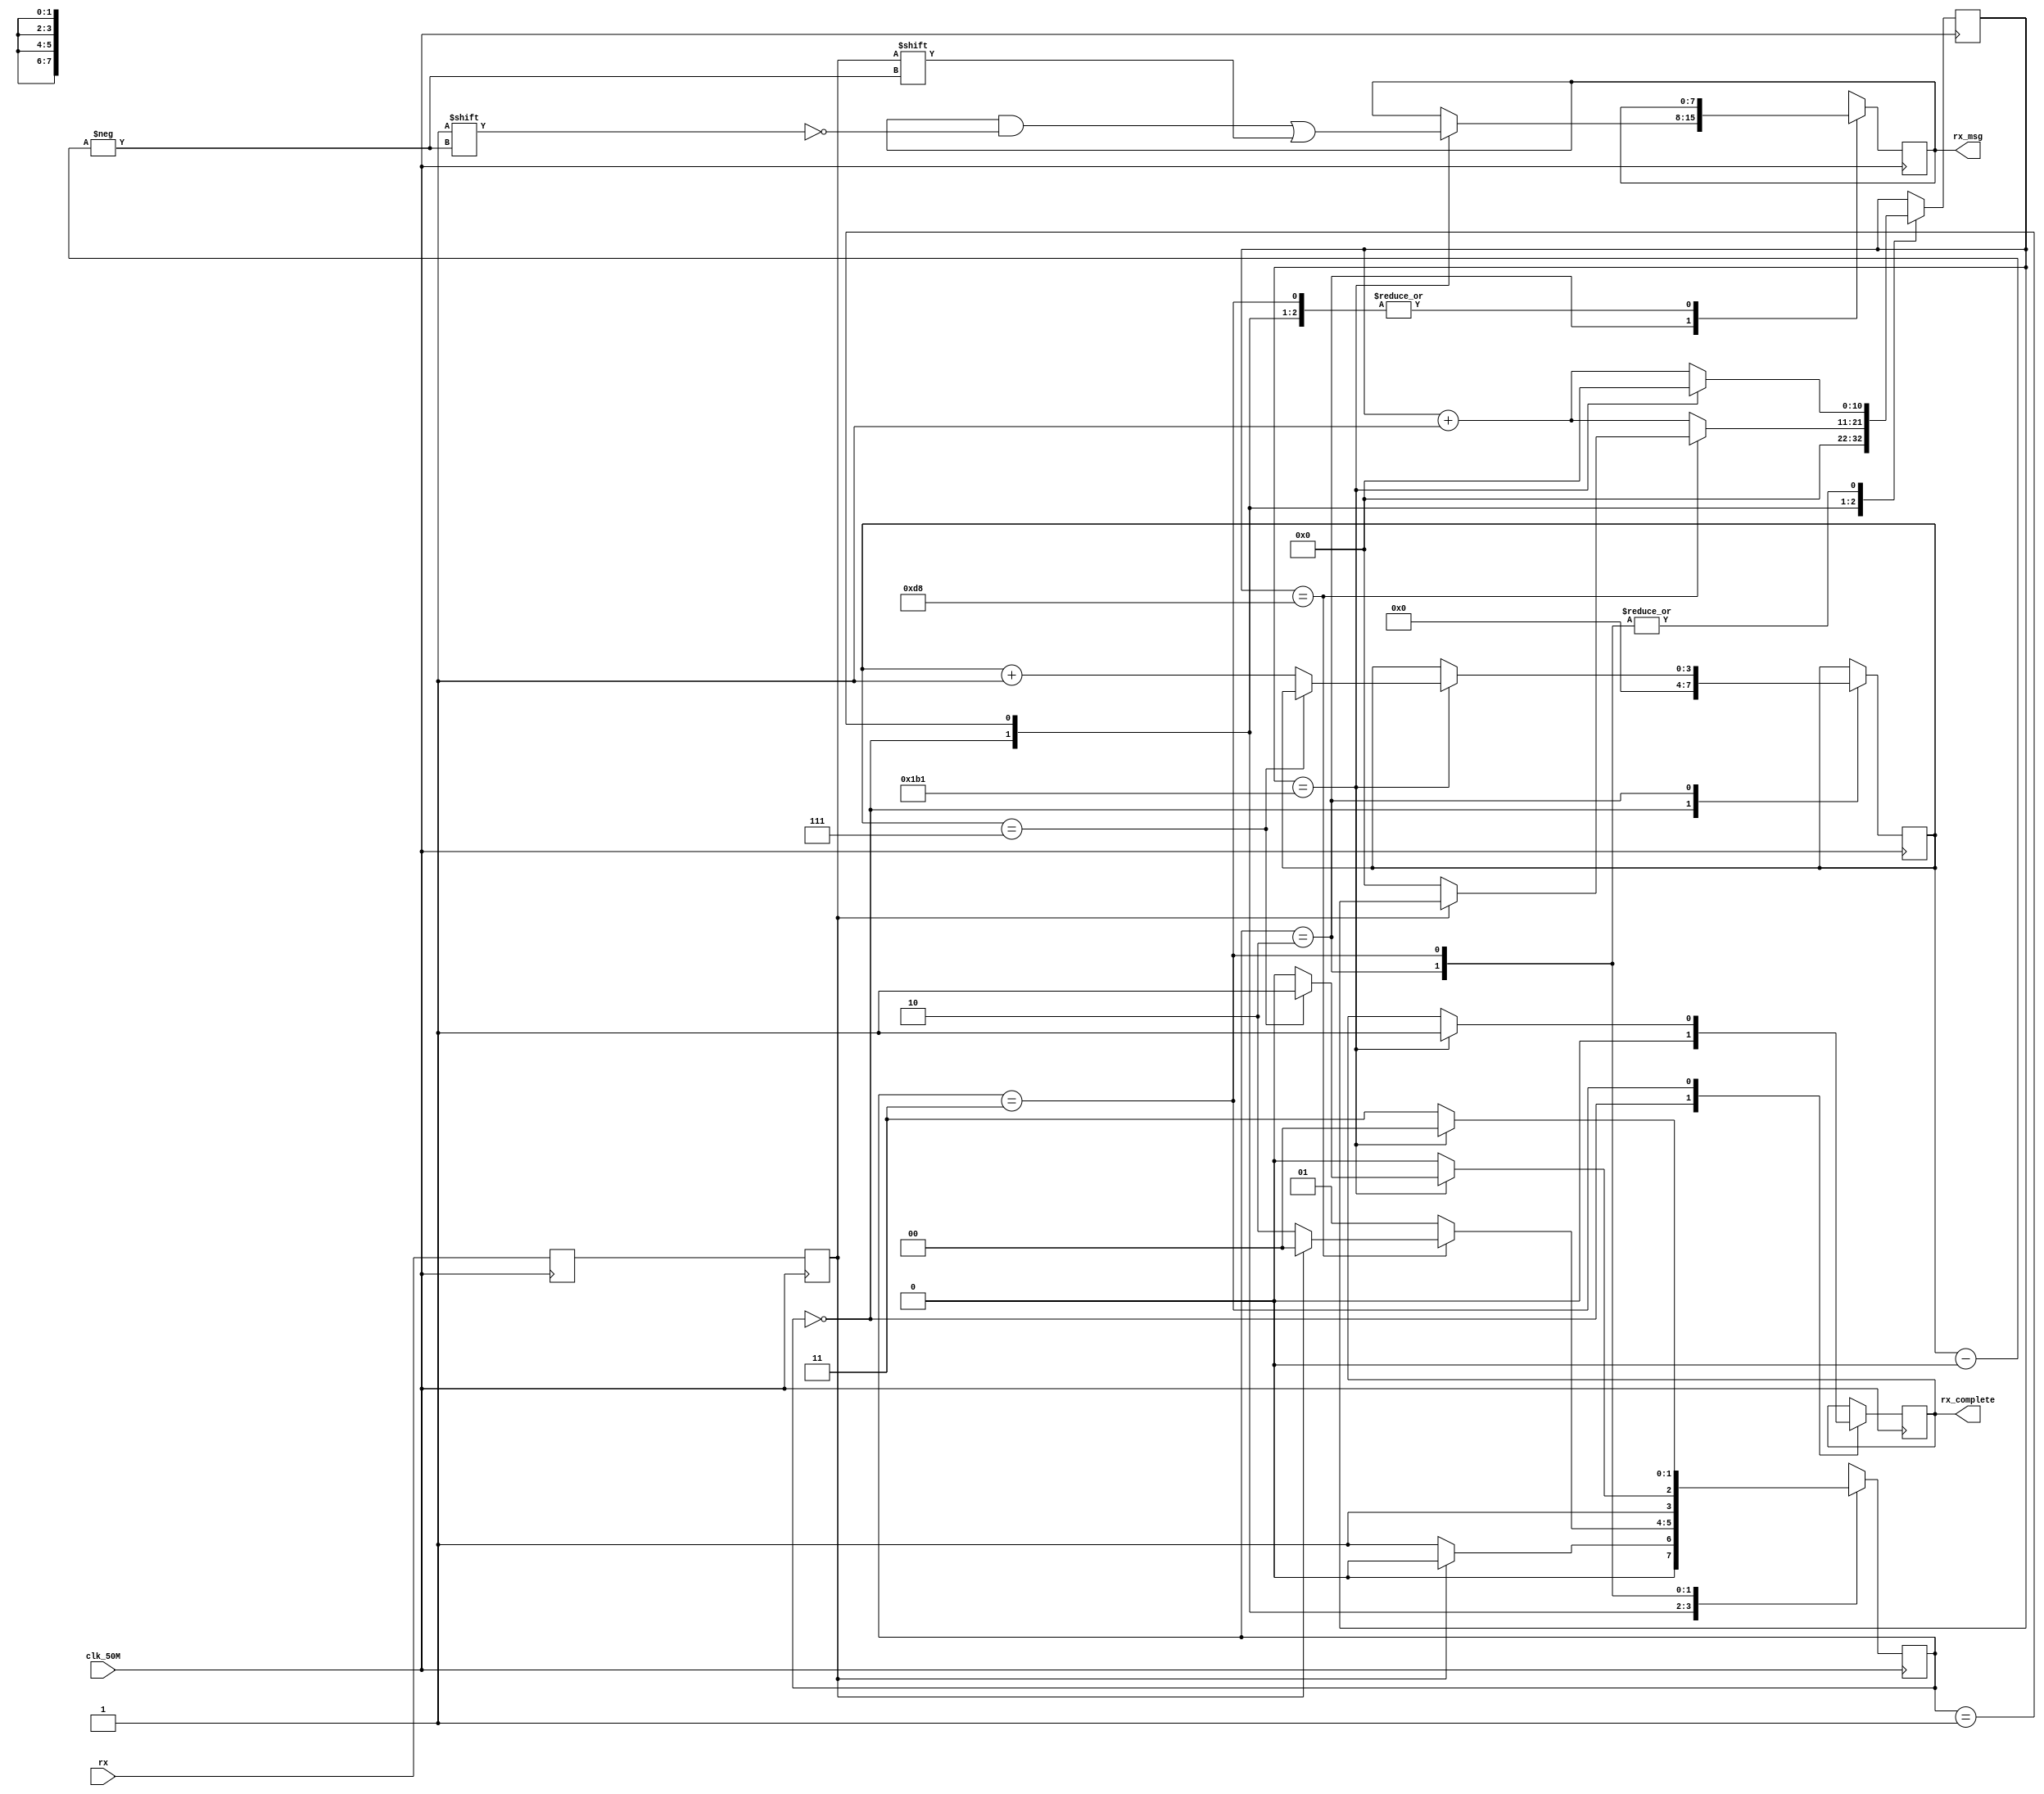
module uart_rx(input clk_50M,						//main system's 50MHz clock
	       input rx,						//input serial data
	       output reg [7:0] rx_msg,					//output data byte
	       output reg rx_complete);					//high when data received
					
	//external parameters 
	parameter BAUD_RATE=115200;
	parameter PAYLOAD_BITS=8;
	parameter PARITY_BITS=0;
	parameter STOP_BITS=1;
	
	//internal parameters
	parameter CYCLES_PER_BIT=434;
	parameter IDLE=2'b00, START=2'b01, DATA=2'b10, STOP=2'b11;	//FSM states
	
	//internal registers
	reg [1:0] state=IDLE;			//current state
	reg [3:0] index;			//bit being received
	reg [10:0] cycle_count;			//counts clock cycles for each bit
	reg ff_rx_1=1'b1, ff_rx_2=1'b1;		//additional flip flops
	
	
	//dual flip flop synchronizer 
	//to avoid metastability
	always@(posedge clk_50M) begin
		ff_rx_1<=rx;
		ff_rx_2<=ff_rx_1;
	end
	
	always@(posedge clk_50M) begin
		case(state)
		
			IDLE:begin
				cycle_count<=0;
				rx_complete<=0;
				index<=0;
				if(ff_rx_2) state<=IDLE;
				else state<=START;
			end
			
			//receive start bit
			START:begin
				if(cycle_count==(CYCLES_PER_BIT-1)/2) begin
					if(!ff_rx_2) begin
						state<=DATA;
						cycle_count<=0;
					end
					else state<=IDLE;
				end
				else begin
					cycle_count<=cycle_count+1;
					state<=START;
				end
			end
			
			//receive data bits
			DATA:begin
				if(cycle_count==CYCLES_PER_BIT-1) begin
					rx_msg[index]<=ff_rx_2;
					cycle_count<=0;
					if(index==7) state<=STOP;
					else begin
						index<=index+1;
						state<=DATA;
					end
				end
				else begin
					cycle_count<=cycle_count+1;
					state<=DATA;
				end
			end
			
			//receive stop bit
			STOP:begin
				if(cycle_count==CYCLES_PER_BIT-1) begin
					cycle_count<=0;
					state<=IDLE;
					rx_complete<=1;
				end
				else begin
					cycle_count<=cycle_count+1;
					state<=STOP;
				end
			end
		endcase
	end 
	
endmodule